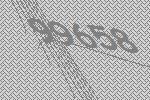
99658